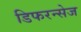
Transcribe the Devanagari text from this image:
डिफरन्सेज